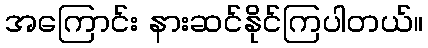
အကြောင်း နားဆင်နိုင်ကြပါတယ်။